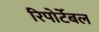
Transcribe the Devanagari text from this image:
रिपोर्टेबल